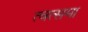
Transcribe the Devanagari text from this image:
त्वत्समा